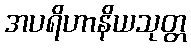
အပရိဟာနိယသုတ္တ